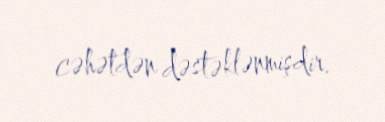
cəhətdən dəstəklənmişdir.